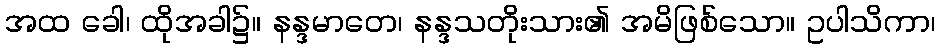
အထ ခေါ၊ ထိုအခါ၌။ နန္ဒမာတေ၊ နန္ဒသတိုးသား၏ အမိဖြစ်သော။ ဥပါသိကာ၊